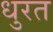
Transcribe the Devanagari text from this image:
धुरत